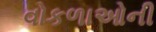
વોકળાઓની